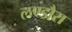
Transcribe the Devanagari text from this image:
लण्डौरा